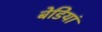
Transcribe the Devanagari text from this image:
बेडियां